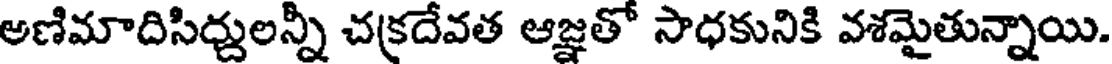
అణిమాదిసిద్దులన్నీ చక్రదేవత ఆజ్ఞతో సాధకునికి వశమైతున్నాయి.